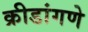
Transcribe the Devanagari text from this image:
क्रीडांगणे